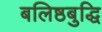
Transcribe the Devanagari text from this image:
बलिष्ठबुद्धि